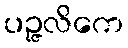
ပဉ္ဇလိကေ